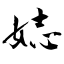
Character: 娡